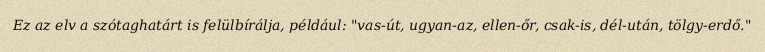
Ez az elv a szótaghatárt is felülbírálja, például: "vas-út, ugyan-az, ellen-őr, csak-is, dél-után, tölgy-erdő."